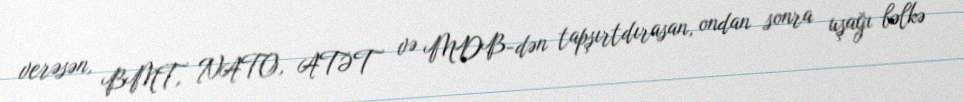
verəsən, BMT, NATO, ATƏT və MDB-dən tapşırtdırasan, ondan sonra uşağı bəlkə